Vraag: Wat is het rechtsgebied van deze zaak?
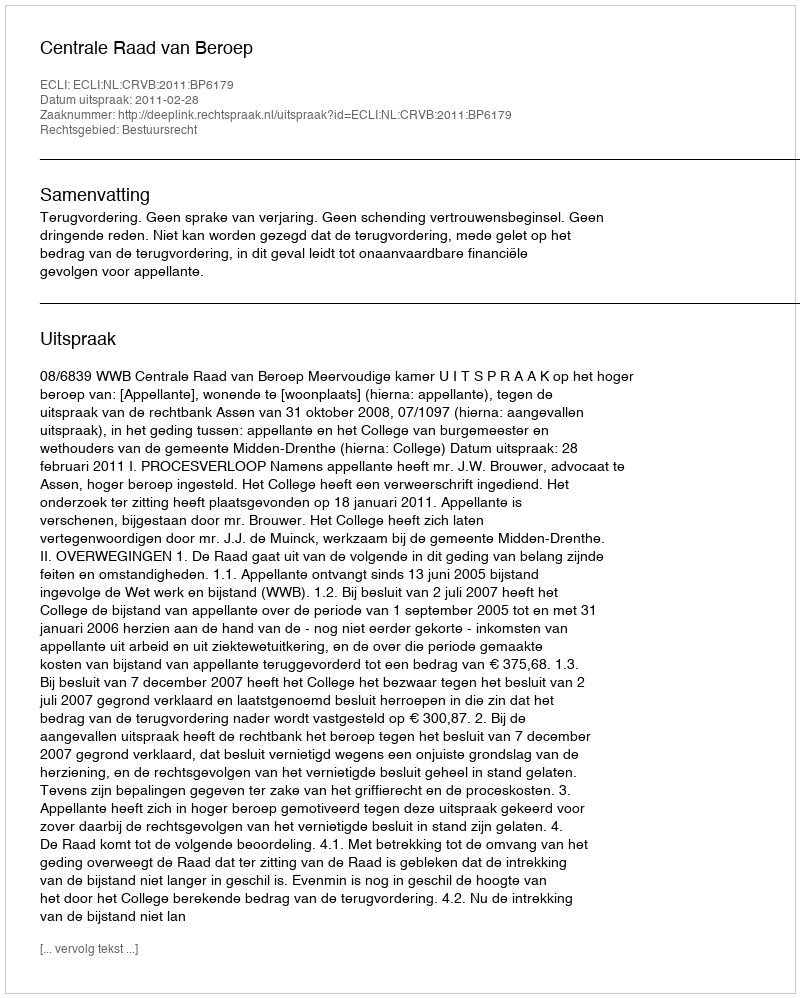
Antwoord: Bestuursrecht